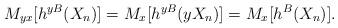
LaTeX: \begin{align*} M_{yx}[h^{yB}(X_n)]=M_{x}[h^{yB}(yX_n)]=M_{x}[h^{B}(X_n)].\end{align*}